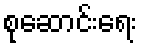
စုဆောင်းရေး